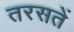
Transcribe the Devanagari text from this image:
तरसतें